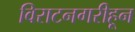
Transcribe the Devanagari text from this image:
विराटनगरीहून